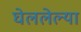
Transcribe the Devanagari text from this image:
घेललेल्या